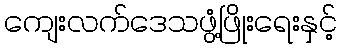
ကျေးလက်ဒေသဖွံ့ဖြိုးရေးနှင့်